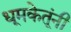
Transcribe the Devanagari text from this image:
धूमकेतूंनी